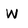
Character: W